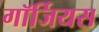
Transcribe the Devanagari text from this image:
गॉर्जियस